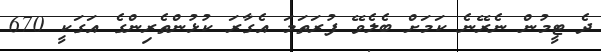
ދެ ޓީމުން ނެރޭނެ ކަމަށް ބެލެވޭ ފުރަތަމަ އެގާރަ ކުޅުންތެރިންގެ އަގަކީ 670